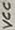
Text: VCC